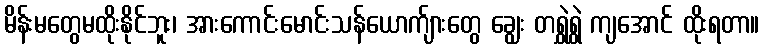
မိန်းမတွေမထိုးနိုင်ဘူး၊ အားကောင်းမောင်းသန်ယောက်ျားတွေ ချွေး တရွှဲရွှဲ ကျအောင် ထိုးရတာ။